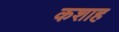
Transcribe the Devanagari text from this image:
कशाह